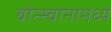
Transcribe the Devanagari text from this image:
बोत्स्वानामध्ये